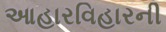
આહારવિહારની